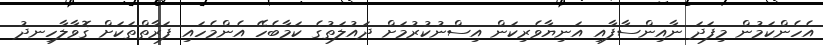
އެހެންކަމުން މިފަދަ ނާއިންސާފާއި އަނިޔާވެރިކަން އިސްނުކުރުމަށް ދައުލަތުގެ ކަމާބެހޭ އެންމެހައި ފަރާތްތަކަށް ގޮވާލާހިނދު